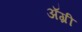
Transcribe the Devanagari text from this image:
ॲग्री